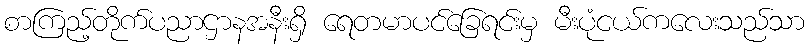
စာကြည့်တိုက်ပညာဌာနအနီးရှိ ရေတမာပင်ခြေရင်းမှ မီးပုံငယ်ကလေးသည်သာ